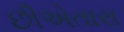
છીએતારા